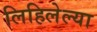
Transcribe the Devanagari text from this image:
लिहिलेल्‍या